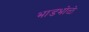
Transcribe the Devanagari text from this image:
भाडभोळे